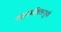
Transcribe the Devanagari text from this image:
गहनभक्तिपूर्ण